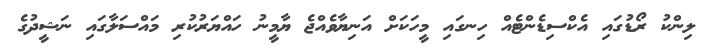
ލިންކު ރޯޑުގައި އެކްސިޑެންޓެއް ހިނގައި މީހަކަށް އަނިޔާވެއްޖެ ޔާމީނު ހައްޔަރުކުރި މައްސަލާގައި ނަޝީދުގެ